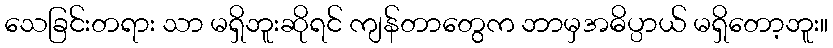
သေခြင်းတရား သာ မရှိဘူးဆိုရင် ကျန်တာတွေက ဘာမှအဓိပ္ပာယ် မရှိတော့ဘူး။